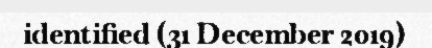
identified (31 December 2019)